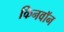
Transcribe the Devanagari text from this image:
किनवॉन